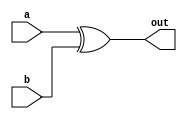
module xor_gate_delay(
    input wire a,
    input wire b,
    output wire out
);

// XOR gate implementation
assign out = a ^ b;

endmodule